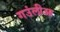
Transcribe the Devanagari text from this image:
गउंलीआ